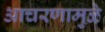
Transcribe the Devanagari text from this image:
आचरणामुळे